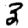
Digit: 3